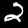
Digit: 2